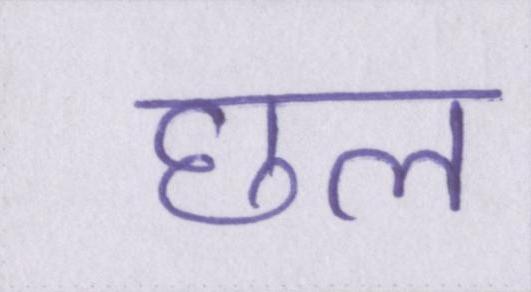
छल